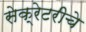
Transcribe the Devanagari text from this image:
सेक्रेटरीचे